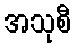
အသုစီ